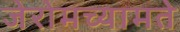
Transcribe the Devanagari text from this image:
जेरोमच्यामते